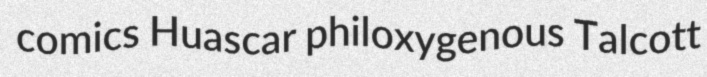
comics Huascar philoxygenous Talcott